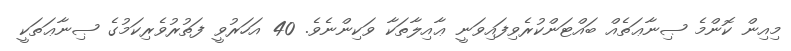
މިއިން ކޮންމެ ޞިނާޢަތެއް ބައްޓަންކުރެވިފައިވަނީ ޢާއިލާތަކާ ވަކިންނެވެ. 40 އަހަރުވީ ފަތުރުވެރިކަމުގެ ޞިނާޢަތަކީ